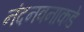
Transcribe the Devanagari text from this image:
नंदनवनाकडे